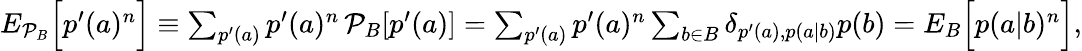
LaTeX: \begin{array}{r}{{E}_{\mathcal{P}_{B}}\Big[p^{\prime}(a)^{n}\Big]\equiv\sum_{p^{\prime}(a)}p^{\prime}(a)^{n}\, \mathcal{P}_{B}[p^{\prime}(a)]=\sum_{p^{\prime}(a)}p^{\prime}(a)^{n}\sum_{b\in B}\delta_{p^{\prime}(a),p(a|b)}p(b)={E}_{B}\Big[p(a|b)^{n}\Big],}\end{array}